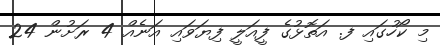
މި ކޯހުގައި ފ. އަތޮޅުގެ ފީއަލީ ފިޔަވައި އަނެއް 4 ރަށުން 24